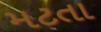
મટતા